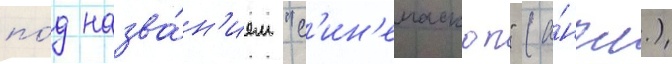
по́д назва́н'ием "с'ин'емаскоп" (а́нгл.)